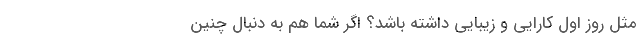
مثل روز اول کارایی و زیبایی داشته باشد؟ اگر شما هم به دنبال چنین